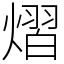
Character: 熠